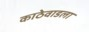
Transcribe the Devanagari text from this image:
काठेवाडला